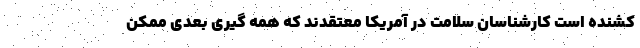
کشنده است کارشناسان سلامت در آمریکا معتقدند که همه گیری بعدی ممکن